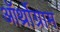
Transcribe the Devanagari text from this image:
ऑर्थ्रोग्राम